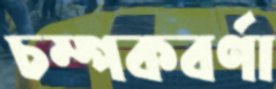
চম্পকবর্ণা